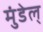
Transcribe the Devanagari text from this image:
मुंडेल्